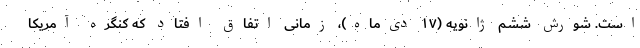
است. شورش ششم ژانویه (۱۷ دی‌ماه)، زمانی اتفاق افتاد که کنگره آمریکا